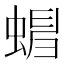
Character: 𧍺